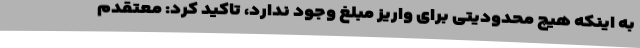
به اینکه هیچ محدودیتی برای واریز مبلغ وجود ندارد، تاکید کرد: معتقدم